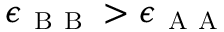
\epsilon _ { \mathrm { ~ B ~ B ~ } } > \epsilon _ { \mathrm { ~ A ~ A ~ } }